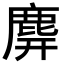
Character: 𪊑